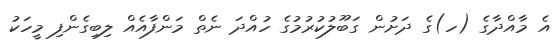
އެ މާއްދާގެ (ހ)ގެ ދަށުން ގަބޫލުކުރުމުގެ ހުއްދަ ނެތް މަންފާއެއް ލިބިގެންފި މީހަކު